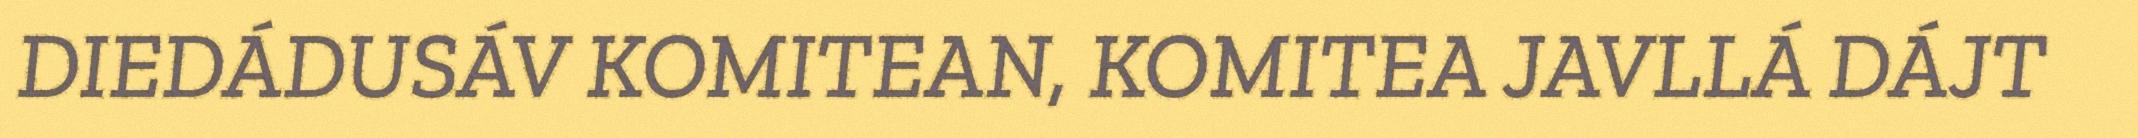
DIEDÁDUSÁV KOMITEAN, KOMITEA JAVLLÁ DÁJT